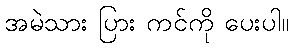
အမဲသား ပြား ကင်ကို ပေးပါ။